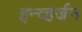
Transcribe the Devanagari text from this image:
इन्व्हर्जन